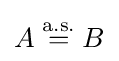
A\;{\stackrel {\text{a.s.}}{=}}\;B